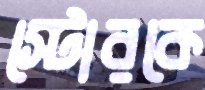
স্টোরকে